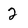
Character: 2